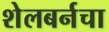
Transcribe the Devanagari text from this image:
शेलबर्नचा